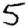
Digit: 5